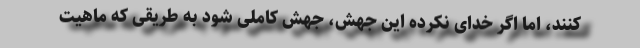
کنند، اما اگر خدای نکرده این جهش، جهش کاملی شود به طریقی که ماهیت